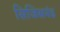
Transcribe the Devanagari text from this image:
सिजिसमंड